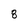
Character: 8